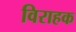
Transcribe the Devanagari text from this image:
विराहक